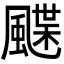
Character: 𩘏